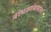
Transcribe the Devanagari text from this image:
बांधकामाबाबत